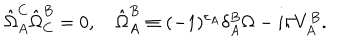
\hat { \Omega } _ { A } ^ { C } \hat { \Omega } _ { C } ^ { B } = 0 , \quad \hat { \Omega } _ { A } ^ { B } \equiv ( - 1 ) ^ { \varepsilon _ { A } } \delta _ { A } ^ { B } \Omega - i \hbar V _ { A } ^ { B } .